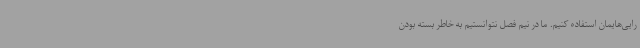
رایی‌هایمان استفاده کنیم. ما در نیم فصل نتوانستیم به خاطر بسته بودن